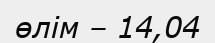
өлім – 14,04